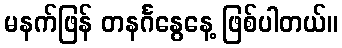
မနက်ဖြန် တနင်္ဂနွေနေ့ ဖြစ်ပါတယ်။